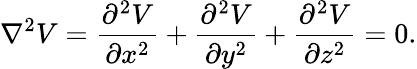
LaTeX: \nabla^{2}V={\frac{\partial^{2}V}{\partial x^{2}}}+{\frac{\partial^{2}V}{\partial y^{2}}}+{\frac{\partial^{2}V}{\partial z^{2}}}=0.